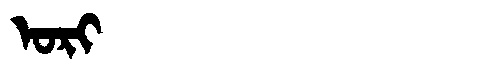
Manchu: ᠣᡵᡳ
Romanization: ORI